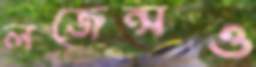
লজেন্সও